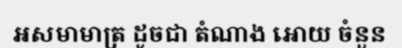
អសមាមាត្រ ដូចជា តំណាង អោយ ចំនួន